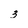
Character: 3